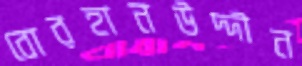
বোরহানউদ্দীন